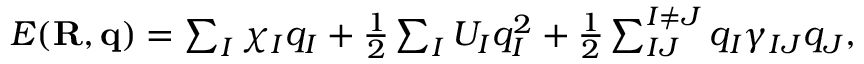
\begin{array} { r } { E ( { \bf R , q } ) = \sum _ { I } \chi _ { I } q _ { I } + \frac { 1 } { 2 } \sum _ { I } U _ { I } q _ { I } ^ { 2 } + \frac { 1 } { 2 } \sum _ { I J } ^ { I \ne J } q _ { I } \gamma _ { I J } q _ { J } , } \end{array}